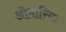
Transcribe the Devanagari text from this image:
ओमारिया